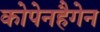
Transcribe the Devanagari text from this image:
कोपेनहैगेन